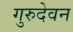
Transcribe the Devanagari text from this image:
गुरुदेवन